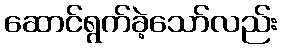
ဆောင်ရွက်ခဲ့သော်လည်း